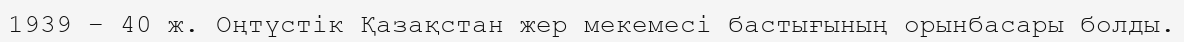
1939 – 40 ж. Оңтүстік Қазақстан жер мекемесі бастығының орынбасары болды.